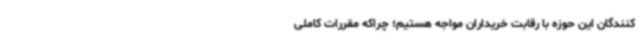
کنندگان این حوزه با رقابت خریداران مواجه هستیم؛ چراکه مقررات کاملی